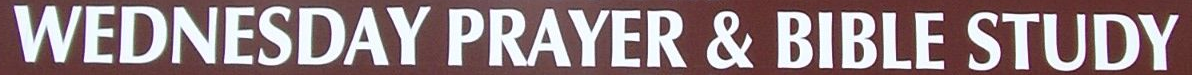
WENDNEDAY PRAYER & BIBLE STUFY